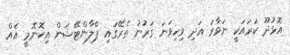
އޮޅުދޫ ކަރައަކީ ނަވާރަ އަދި ވިހިވަނަ ގަރުނު ތެރޭގައި ޕްލާންޓޭޝަން އިކޮނޮމީ އެއް